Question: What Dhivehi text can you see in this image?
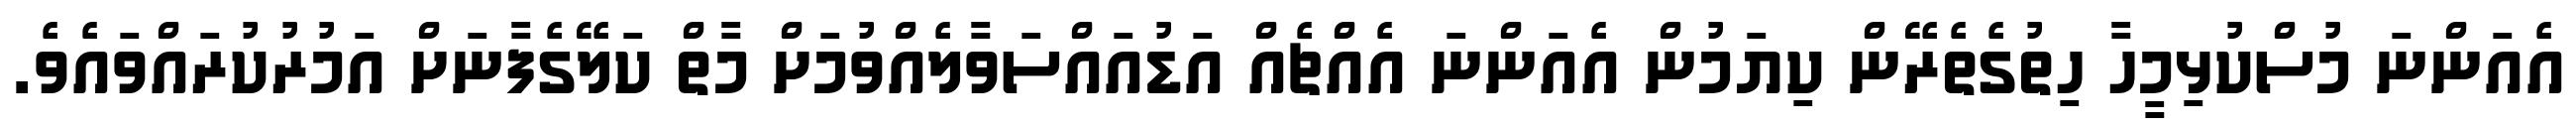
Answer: އެއަންނަ މުސްކުޅިމީހާ ހިތުގެތެރޭން ކިޔަމުން އެއަންނަ އެއްޗެއް އަޑުއައްސަވާލެއްވުމަށް މާތް ކަލޭގެފާނަށް އަމުރުކުރައްވައެވެ.